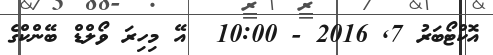
އޮކްޓޯބަރު 7